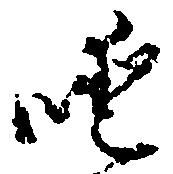
噯